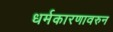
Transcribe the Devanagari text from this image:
धर्मकारणावरुन